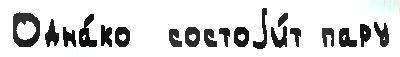
Одна́ко  состоjи́т пару